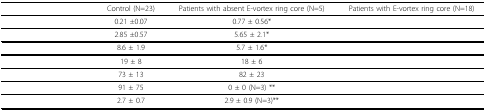
<table><thead><tr><td>[EMPTY_CELL]</td><td><b>Control (N=23)</b></td><td><b>Patients with absent E-vortex ring core (N=5)</b></td><td><b>Patients with E-vortex ring core (N=18)</b></td></tr></thead><tbody><tr><td>[EMPTY_CELL]</td><td>0.21 ±0.07</td><td>0.77 ± 0.56*</td><td>[EMPTY_CELL]</td></tr><tr><td>[EMPTY_CELL]</td><td>2.85 ±0.57</td><td>5.65 ± 2.1*</td><td>[EMPTY_CELL]</td></tr><tr><td>[EMPTY_CELL]</td><td>8.6 ± 1.9</td><td>5.7 ± 1.6*</td><td>[EMPTY_CELL]</td></tr><tr><td>[EMPTY_CELL]</td><td>19 ± 8</td><td>18 ± 6</td><td>[EMPTY_CELL]</td></tr><tr><td>[EMPTY_CELL]</td><td>73 ± 13</td><td>82 ± 23</td><td>[EMPTY_CELL]</td></tr><tr><td>[EMPTY_CELL]</td><td>91 ± 75</td><td>0 ± 0 (N=3) **</td><td>[EMPTY_CELL]</td></tr><tr><td>[EMPTY_CELL]</td><td>2.7 ± 0.7</td><td>2.9 ± 0.9 (N=3)**</td><td>[EMPTY_CELL]</td></tr></tbody></table>